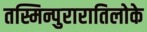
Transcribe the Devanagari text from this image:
तस्मिन्पुरारातिलोके